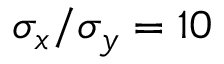
\sigma _ { x } / \sigma _ { y } = 1 0